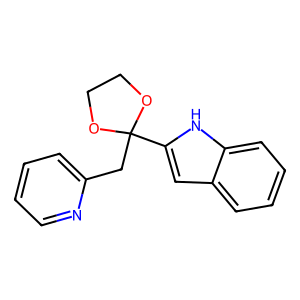
SMILES: c1ccc(CC2(c3cc4ccccc4[nH]3)OCCO2)nc1
Inhibits HIV replication: No